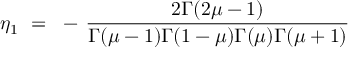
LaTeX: \eta _ { 1 } ~ = ~ - \, \frac { 2 \Gamma ( 2 \mu - 1 ) } { \Gamma ( \mu - 1 ) \Gamma ( 1 - \mu ) \Gamma ( \mu ) \Gamma ( \mu + 1 ) }